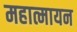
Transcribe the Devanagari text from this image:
महात्मायन